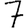
Digit: 7